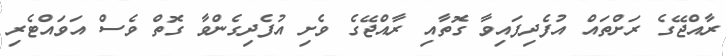
ރާއްޖޭގެ ރަށްތައް އުފެދިފައިވާ ގޮތާއި ރާއްޖޭގެ ވެށި އުފެދިގެންވާ ގޮތް ވެސް އަވައްޓެރި